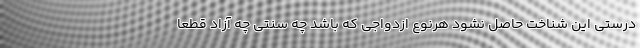
درستی این شناخت حاصل نشود هرنوع ازدواجی که باشد چه سنتی چه آزاد قطعا